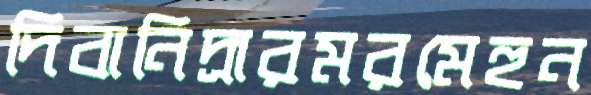
দিবানিদ্রারমরমেহুন